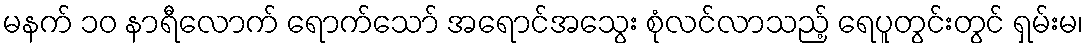
မနက် ၁၀ နာရီလောက် ရောက်သော် အရောင်အသွေး စုံလင်လာသည့် ရေပူတွင်းတွင် ရှမ်းမ၊